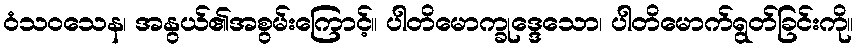
ဝံသဝသေန၊ အနွယ်၏အစွမ်းကြောင့်။ ပါတိမောက္ခုဒ္ဒေသော၊ ပါတိမောက်ရွတ်ခြင်းကို။